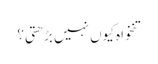
تنخواہ کیوں نہیں بڑھتی؟